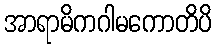
အာရာမိကဂါမကောတိပိ